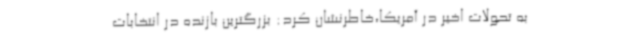
به تحولات اخیر در آمریکا،خاطرنشان کرد: بزرگترین بازنده در انتخابات